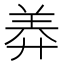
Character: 𦍰